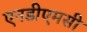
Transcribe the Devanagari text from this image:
एनडीएमसी